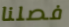
فصلنا